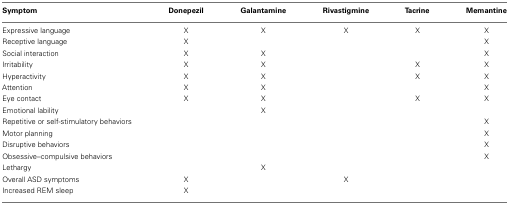
| Symptom | Donepezil | Galantamine | Rivastigmine | Tacrine | Memantine |
 | --- | --- | --- | --- | --- | --- |
 | Expressive language | X | X | X | X | X |
 | Receptive language | X |  |  |  | X |
 | Social interaction | X | X |  |  | X |
 | Irritability | X | X |  | X | X |
 | Hyperactivity | X | X |  | X | X |
 | Attention | X | X |  |  | X |
 | Eye contact | X | X |  | X | X |
 | Emotional lability |  | X |  |  |  |
 | Repetitive or self-stimulatory behaviors |  |  |  |  | X |
 | Motor planning |  |  |  |  | X |
 | Disruptive behaviors |  |  |  |  | X |
 | Obsessive–compulsive behaviors |  |  |  |  | X |
 | Lethargy |  | X |  |  |  |
 | Overall ASD symptoms | X |  | X |  |  |
 | Increased REM sleep | X |  |  |  |  |